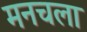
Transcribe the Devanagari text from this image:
मनचला